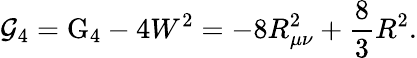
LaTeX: {\cal G}_{4}=\mathrm{G}_{4}-4W^{2}=-8R_{\mu\nu}^{2}+\frac{8}{3}R^{2}.